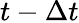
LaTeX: t-\Delta t